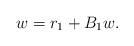
LaTeX: \begin{align*}w= r_1 + B_1 w. \end{align*}